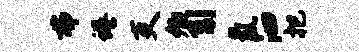
弗蜷吏卿引氲泗把